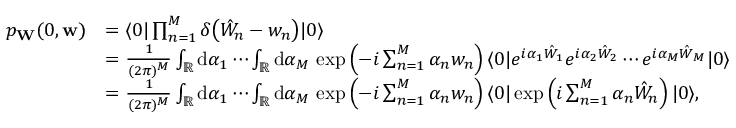
\begin{array} { r l } { p _ { \mathbf { W } } ( 0 , \mathbf { w } ) } & { = \langle 0 | \prod _ { n = 1 } ^ { M } \delta \bigl ( \hat { W } _ { n } - w _ { n } \bigr ) | 0 \rangle } \\ & { = \frac { 1 } { ( 2 \pi ) ^ { M } } \int _ { \mathbb { R } } \mathrm { d } \alpha _ { 1 } \cdots \int _ { \mathbb { R } } \mathrm { d } \alpha _ { M } \, \exp \left( - i \sum _ { n = 1 } ^ { M } \alpha _ { n } w _ { n } \right) \langle 0 | e ^ { i \alpha _ { 1 } \hat { W } _ { 1 } } e ^ { i \alpha _ { 2 } \hat { W } _ { 2 } } \cdots e ^ { i \alpha _ { M } \hat { W } _ { M } } | 0 \rangle } \\ & { = \frac { 1 } { ( 2 \pi ) ^ { M } } \int _ { \mathbb { R } } \mathrm { d } \alpha _ { 1 } \cdots \int _ { \mathbb { R } } \mathrm { d } \alpha _ { M } \, \exp \left( - i \sum _ { n = 1 } ^ { M } \alpha _ { n } w _ { n } \right) \langle 0 | \exp \left( i \sum _ { n = 1 } ^ { M } \alpha _ { n } \hat { W } _ { n } \right) | 0 \rangle , } \end{array}